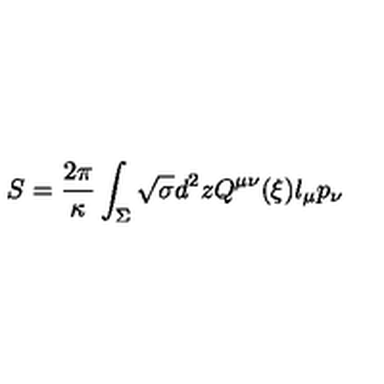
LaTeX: S = { \frac { 2 \pi } { \kappa } } \int _ { \Sigma } \sqrt { \sigma } d ^ { 2 } z Q ^ { \mu \nu } ( \xi ) l _ { \mu } p _ { \nu }